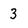
Character: 3